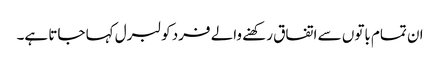
ان تمام باتوں سے اتفاق رکھنے والے فرد کو لبرل کہا جاتا ہے۔